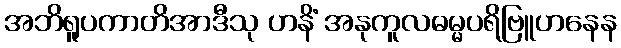
အဘိရူပကာတိအာဒီသု ဟနိံ အနုကူလဓမ္မပရိဗြူဟနေန